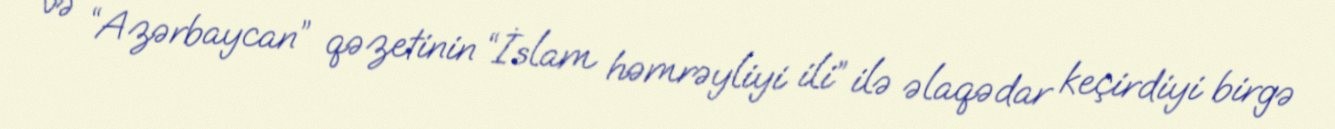
və “Azərbaycan” qəzetinin “İslam həmrəyliyi ili” ilə əlaqədar keçirdiyi birgə